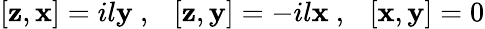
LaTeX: [{\mathbf z},{\mathbf x}]=il{\mathbf y}~,~~~[{\mathbf z},{\mathbf y}]=-il{\mathbf x}~,~~~[{\mathbf x},{\mathbf y}]=0